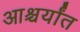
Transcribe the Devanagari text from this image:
आश्चर्यांत